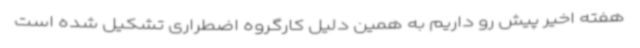
هفته اخیر پیش رو داریم به همین دلیل کارگروه اضطراری تشکیل شده است